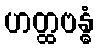
ဟတ္ထဗန္ဓံ